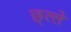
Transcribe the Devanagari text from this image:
छ्ल्ले